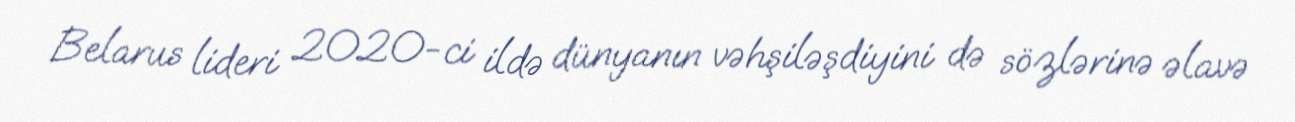
Belarus lideri 2020-ci ildə dünyanın vəhşiləşdiyini də sözlərinə əlavə